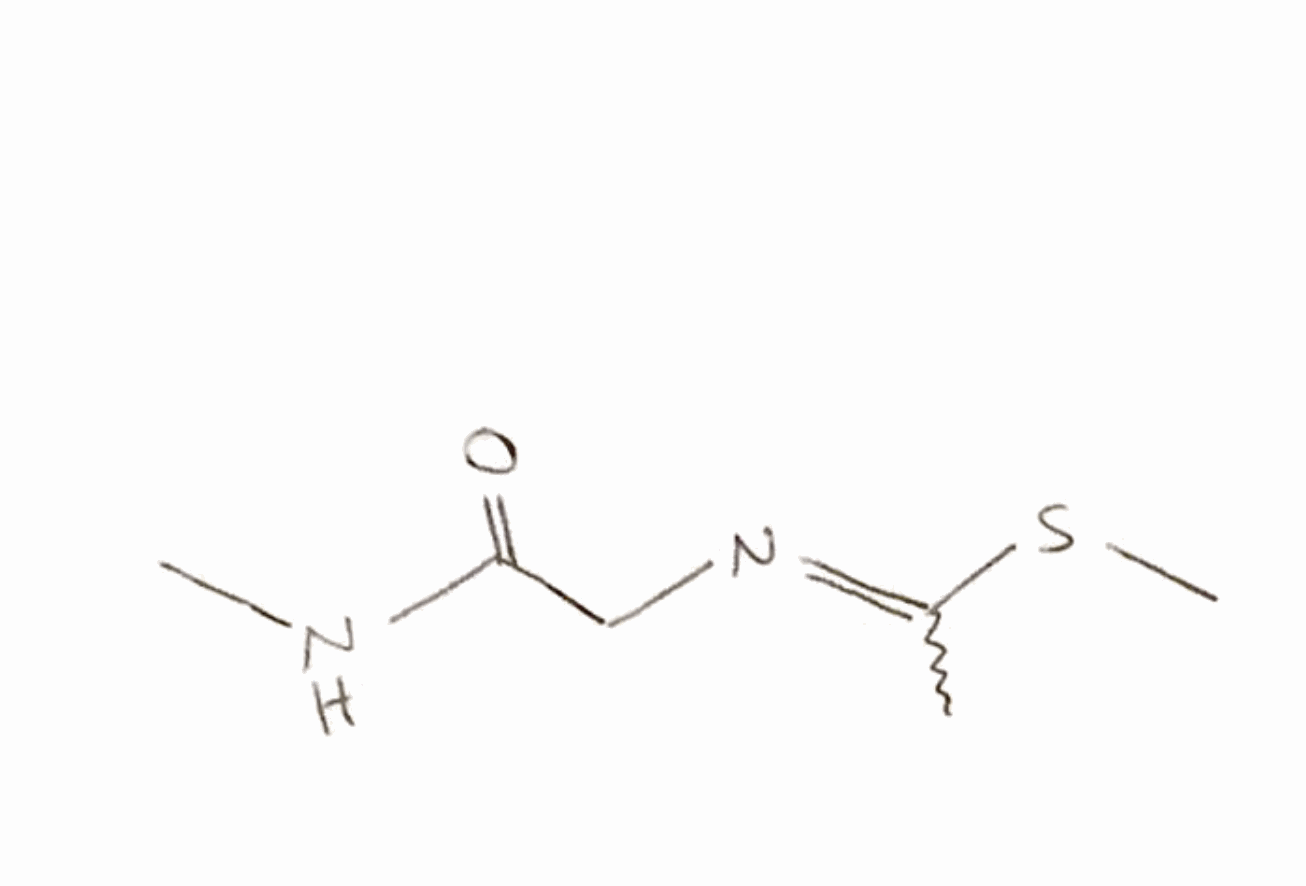
Simplified molecular-input line-entry system (SMILES) notation of the given molecule:
CC(=NCC(=O)NC)SC